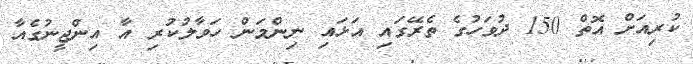
ކުރިއަށް އޮތް 150 ދުވަހުގެ ތެރޭގައި އަޅައި ނިންމަން ހަވާލުކުރި އާ އިންޖީނުގެއާ